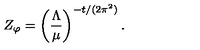
Z _ { \varphi } = \left( \frac { \Lambda } { \mu } \right) ^ { - t / ( 2 \pi ^ { 2 } ) } .